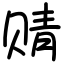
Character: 䞍